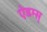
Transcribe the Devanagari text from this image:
ऐडम्स्‌